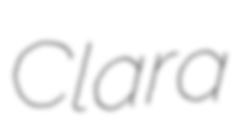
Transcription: Clara